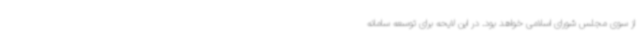
از سوی مجلس شورای اسلامی خواهد بود. در این لایحه برای توسعه سامانه